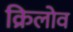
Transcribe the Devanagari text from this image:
क्रिलोव